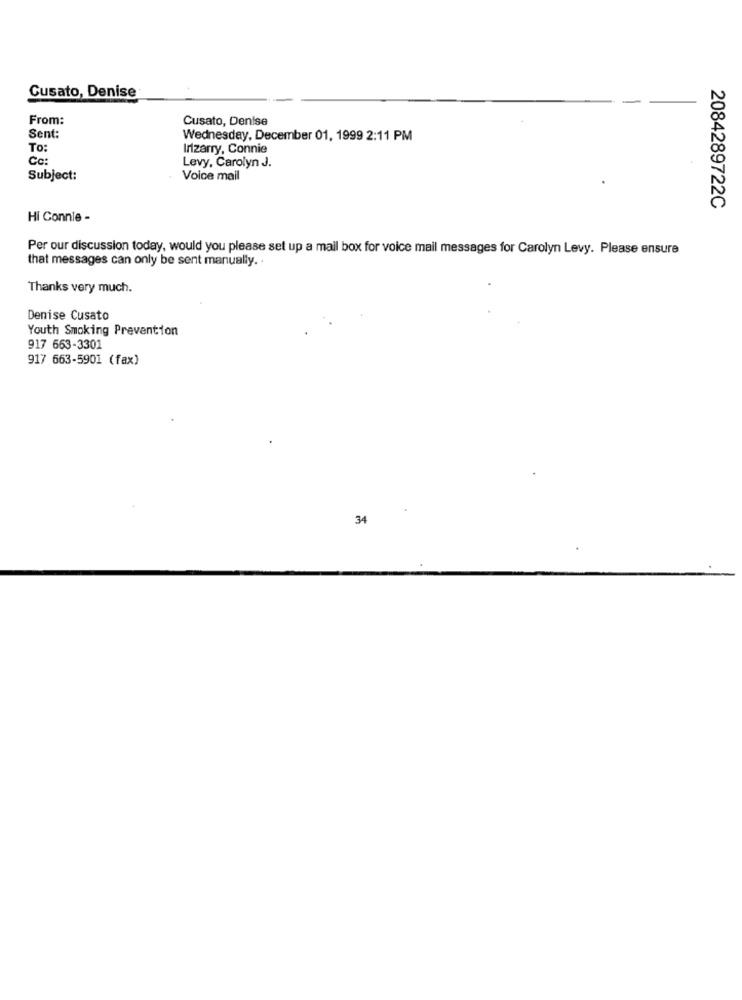
Cusato, Denise
From:
Cusato, Denise
Sent:
Wednesday, December 01, 1999 2:11 PM
To:
Irizarry, Connie
Cc:
Levy, Carolyn J.
Subject:
Voice mail
2084289722C
Hi Connie -
Per our discussion today, would you please set up a mail box for voice mail messages for Carolyn Levy. Please ensure
that messages can only be sent manually. .
Thanks very much.
Denise Cusato
Youth Smoking Prevention
917 663-3301
917 663-5901 (fax)
34